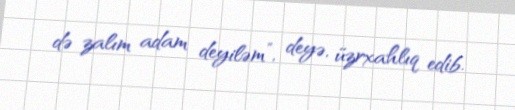
də zalım adam deyiləm”, deyə, üzrxahlıq edib.